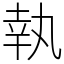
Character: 執